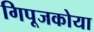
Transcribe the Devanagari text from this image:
गिपूजकोया